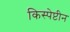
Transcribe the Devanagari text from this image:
किस्पेप्टीन